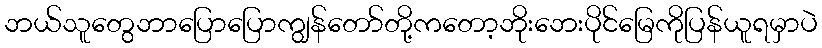
ဘယ်သူတွေဘာပြောပြောကျွန်တော်တို့ကတော့ဘိုးဘေးပိုင်မြေကိုပြန်ယူရမှာပဲ